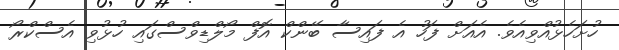
ހުށަހެޅުއްވިއެވެ. އެއަށް ފަހު އެ ފައިސާ ބޭންކް އޮފް މޯލްޑިވްސްގައި ހުޅުވި އެސްކްރޯ